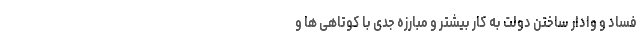
فساد و وادار ساختن دولت به کار بیشتر و مبارزه جدی با کوتاهی ها و